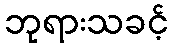
ဘုရားသခင့်